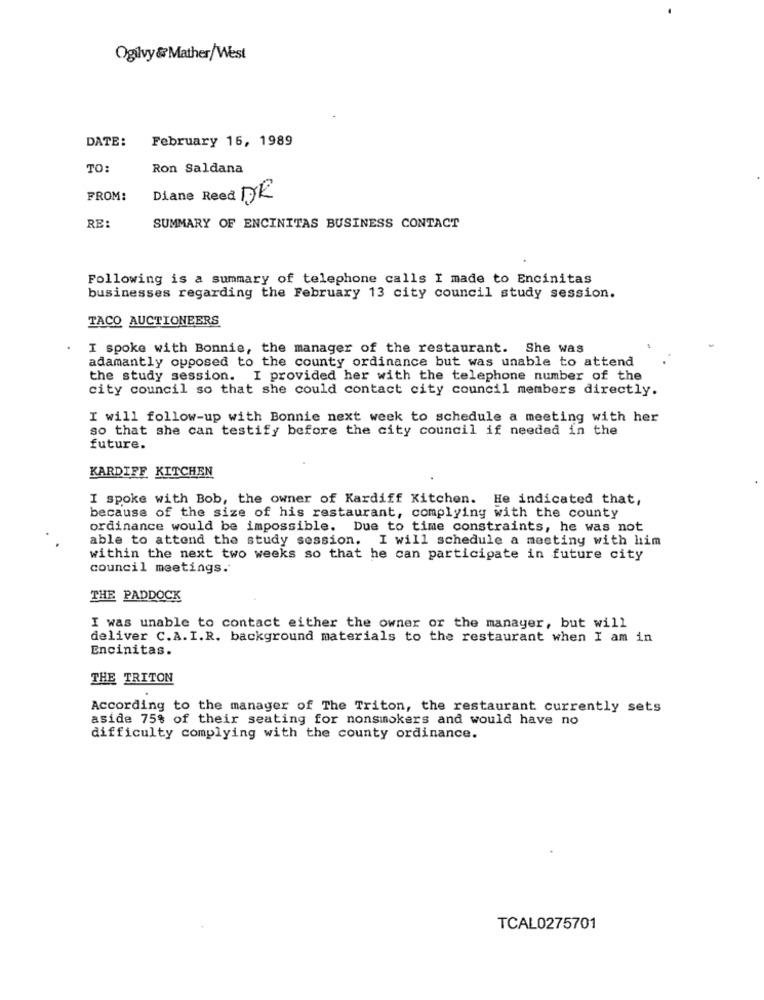
Ogilvy & Mather/West
DATE:
February 16, 1989
TO:
Ron Saldana
FROM:
Diane Reed DE
RE:
SUMMARY OF ENCINITAS BUSINESS CONTACT
Following is a summary of telephone calls I made to Encinitas
businesses regarding the February 13 city council study session.
TACO AUCTIONEERS
I spoke with Bonnie, the manager of the restaurant. She was
adamantly opposed to the county ordinance but was unable to attend
the study session. I provided her with the telephone number of the
city council so that she could contact city council members directly.
I will follow-up with Bonnie next week to schedule a meeting with her
so that she can testify before the city council if needed in the
future.
KARDIFF KITCHEN
I spoke with Bob, the owner of Kardiff Kitchen. He indicated that,
because of the size of his restaurant, complying with the county
ordinance would be impossible. Due to time constraints, he was not
able to attend the study session. I will schedule a meeting with him
within the next two weeks so that he can participate in future city
council meetings.
THE PADDOCK
I was unable to contact either the owner or the manager, but will
deliver C.A. I.R. background materials to the restaurant when I am in
Encinitas.
THE TRITON
.
According to the manager of The Triton, the restaurant currently sets
aside 75% of their seating for nonsmokers and would have no
difficulty complying with the county ordinance.
TCAL0275701